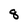
Character: 8